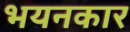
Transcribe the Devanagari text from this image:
भयनकार